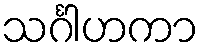
သင်္ဂါဟကာ